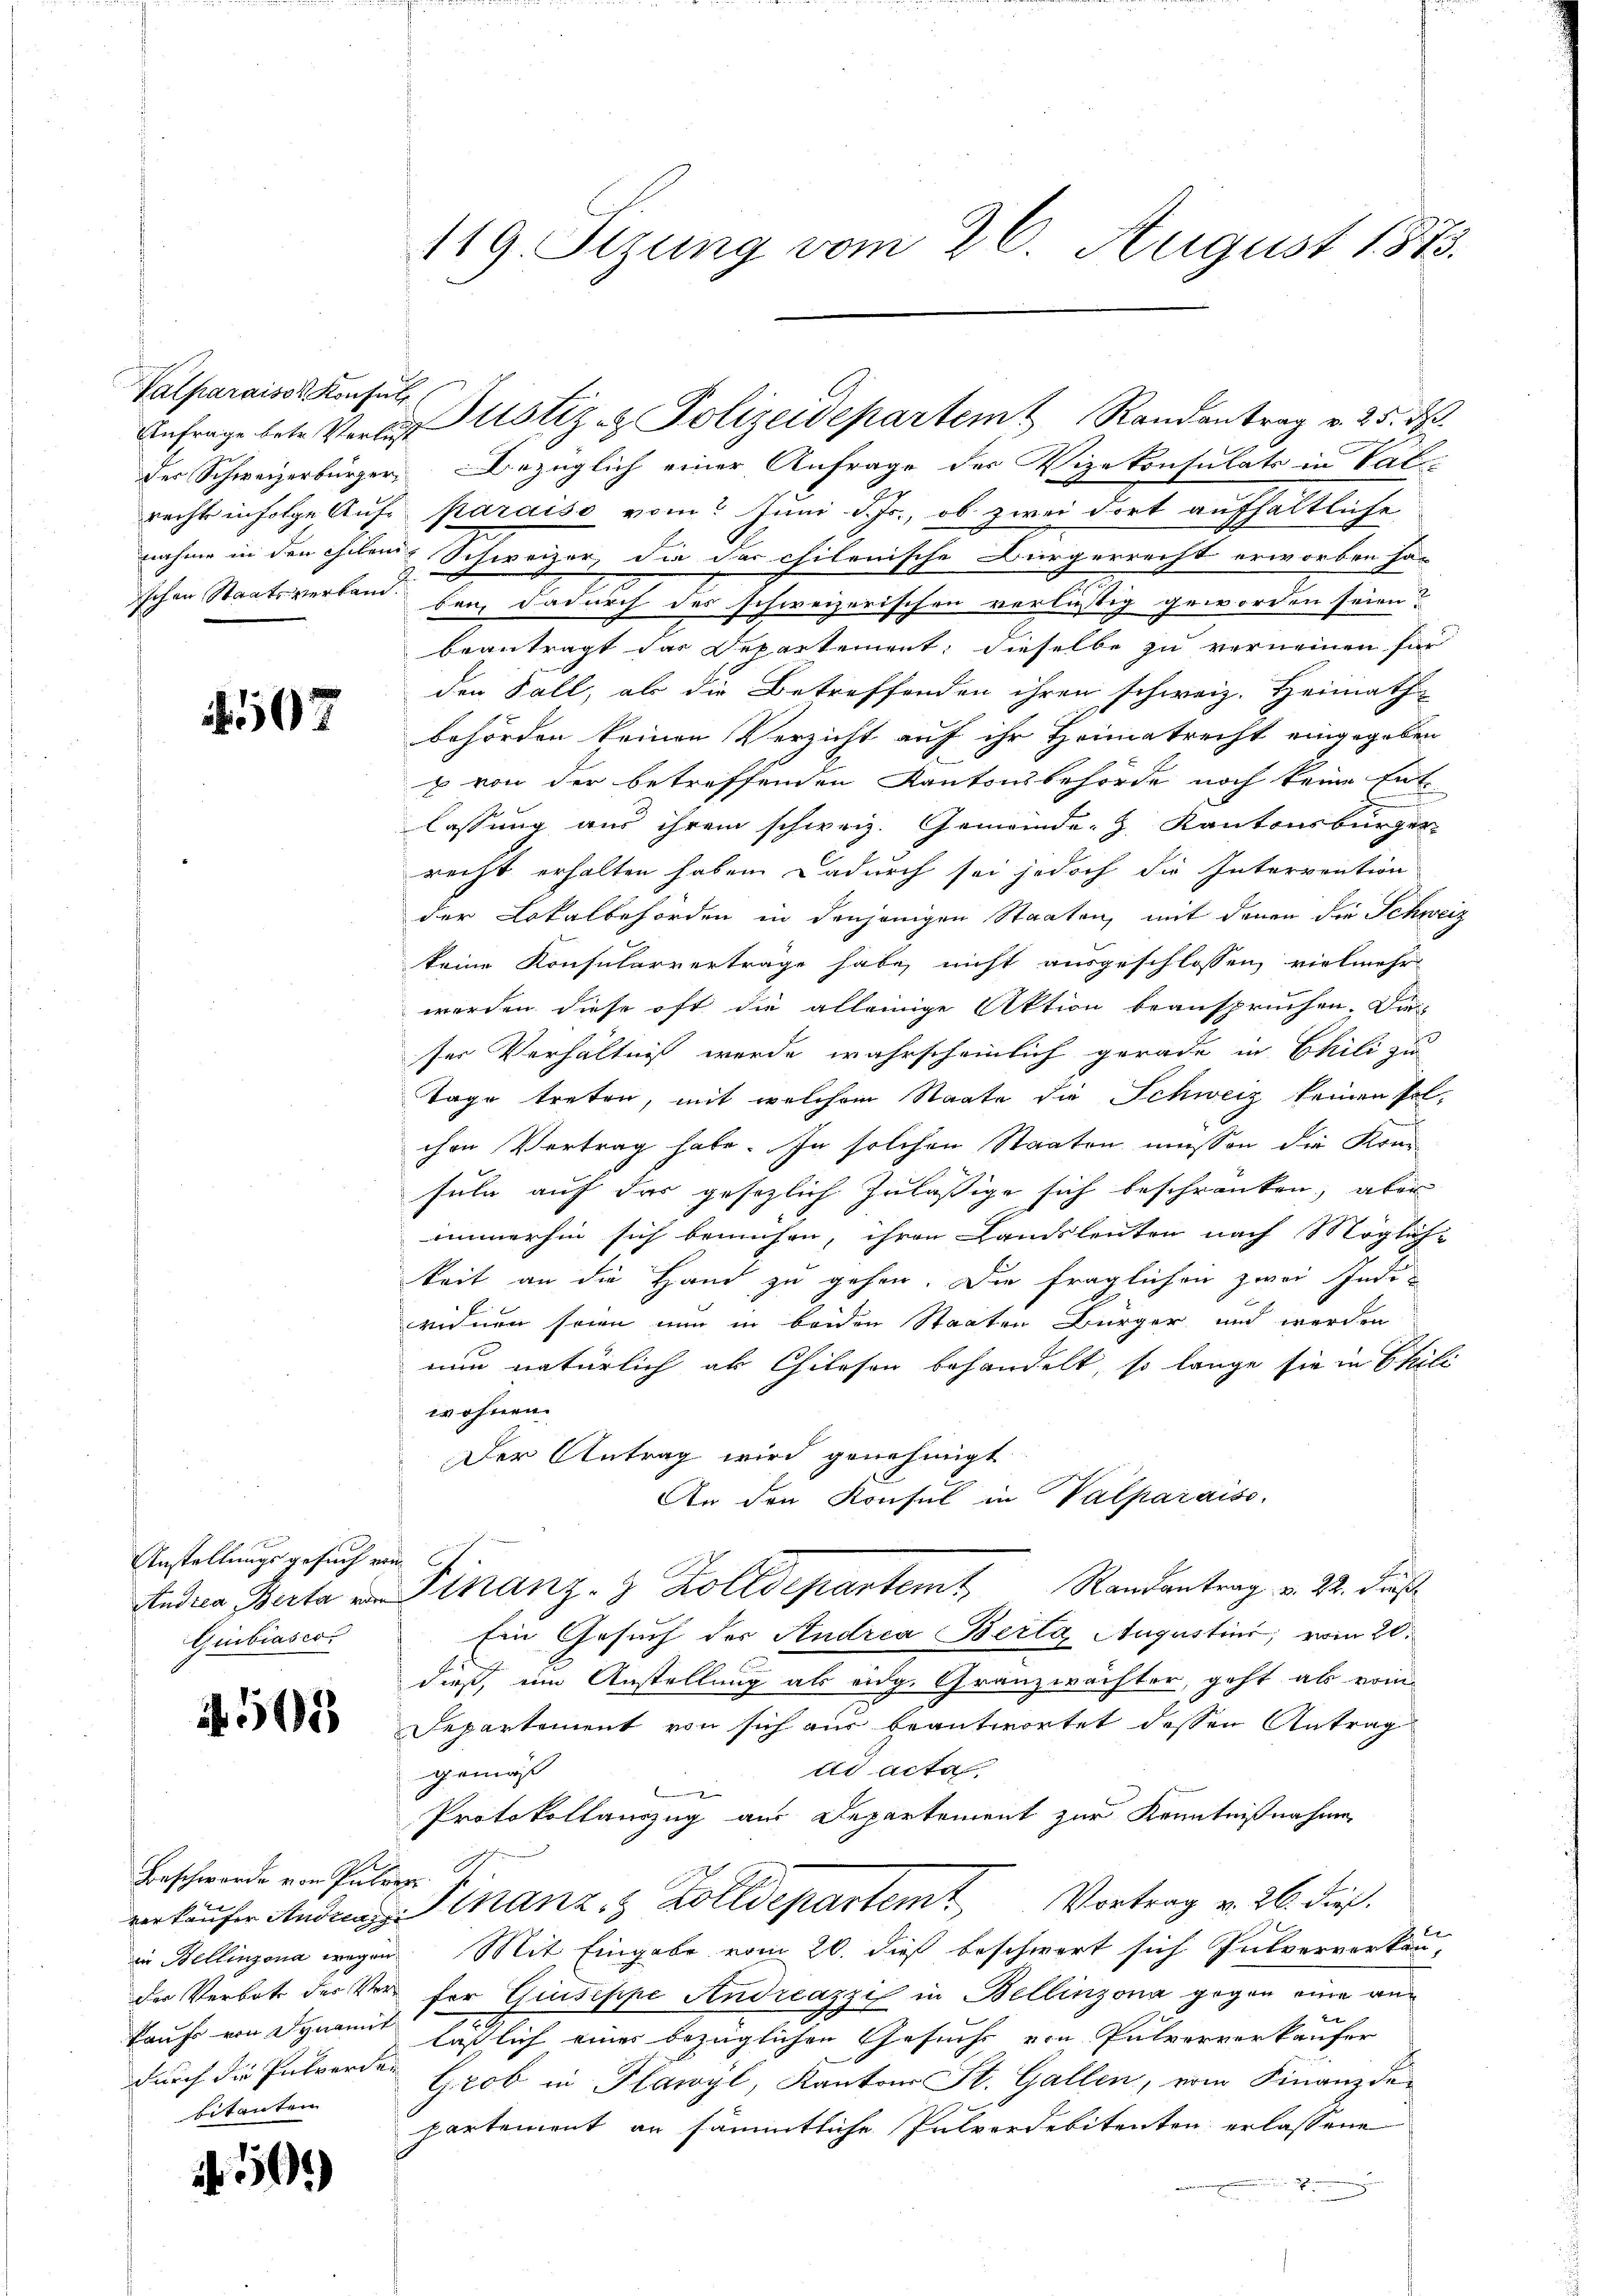
Valparaisos Konsul
Anfrage betr. Verlies
der Schweizerbürger,
rechte infolge Aufnahme in den Ehelen
schen Staatsverband.

107

Anstellungsgesuch von
Andrea, Berta vor
Giubiasco

512

Beschwerde von Pule.
verkaufer Andreas
in Bellinzona wegen
der Verbote der Verkaufs von Dynamit
durch die Interden
bitanten

50

119. Sizung vom 26. August 1873.

Bezüglich einer Anfrage der Vizekonsulats in Val-
pardiso vom Juni d. Js., ob zwei dort aufhältliche
Schweizer, die das chilenische Bürgerrecht erworben ha-
ben, dadurch des schweizerischen verlustig geworden seien?
beantragt das Departement; dieselbe zu verneinen für
den Fall, als die Betreffenden ihren schweiz. Heimath
behörden keinen Verzicht auf ihr Heimatrecht eingegeben
s von der betreffenden Kantonsbehörde noch keine Ent
lassung aus ihrem schweiz. Gemeinde- z. Kantonsbürger
recht erhalten haben. Dadurch sei jedoch die Intervention
der Lokalbehörden in denjenigen Staaten, mit denen die Schweiz
keine Konsularvertrage habe, nicht ausgeschlossen, vielmehr
werden diese oft die alleinige Aktion beanspruchen. Die
ser Verhältniß wurde wahrscheinlich gerade in Chili zu
Tage treten, mit welchem Staate die Schweiz keinen solchen Vertrag habe. In solchen Staaten müssen die Kreisuln auf das gesezlich zuläßige sich beschränken, aber
immerhin sich bemühen, ihren Landsleuten nach Möglich-
keit an die Hand zu gehen. Die fraglichen zwei Indiwidmen seien nun in beiden Staaten Bürger und werden
nun natürlich als Chiloson behandelt, so lange sie in Phili
wohnen.
Der Antrag wird genehmigt
An den Konsul in Valparaiso

Stranz- & Zolldepartem Randantrag v. 22. dieß
Ein Gesuch der Andria Berta Augustini, vom 20.
dieß, eine Anstellung als eidg. Granzwächter, geht als vom
Repartement von sich aus beantwortet dessen Antrag
dd acta.
gemäß
e
Protokollauszug aus Departement zur Kenntnißnahme
J
4
Finanz & Zolldepartemt Vortrag v. 26. dieß.
Mit Eingabe vom 20. dieß beschwert sich Pulververkan-
für Giuseppe Andreazzi in Bellinzona gegen eine ane
laßlich eines bezüglichen Gesuchs von Pulververkaufer
Grob in Plawyl, Kantons St. Gallen, vom Finanzde-
partement an sämmtliche Pulverdebitenten erlassene
unden Be

Justiz- & Polizeidepartem Randantrag v. 25. ds.